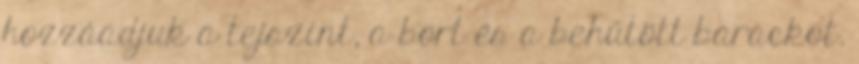
hozzáadjuk a tejszínt, a bort és a behűtött barackot.